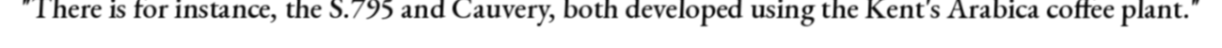
"There is for instance, the S.795 and Cauvery, both developed using the Kent's Arabica coffee plant."